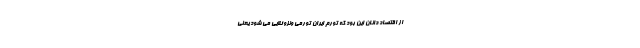
از اقتصاد دانان این بود که تورم ایران تورمی ونزوئلایی می شود یعنی